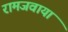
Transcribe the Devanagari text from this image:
रामजवाया